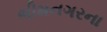
ભીમનગરના